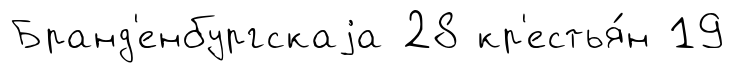
Бранд'енбургскаjа 28 кр'естья́н 19